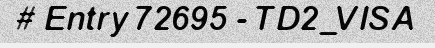
# Entry 72695 - TD2_VISA